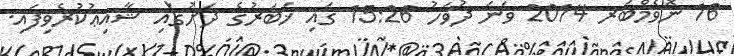
16 ނޮވެމްބަރ 2014 ވަނަ ދުވަހު 15:26 ގައި ޚަބަރުގެ ދަށުގައި ޝާއިޢުކުރެވިފައި.